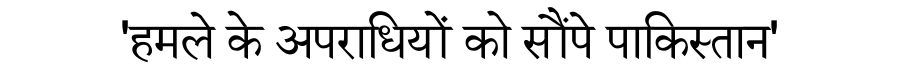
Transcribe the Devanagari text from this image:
'हमले के अपराधियों को सौंपे पाकिस्तान'